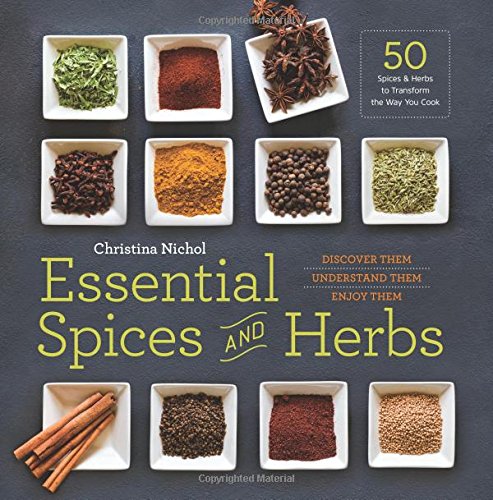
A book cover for Essential Spices and Herbs:: Discover Them, Understand Them, Enjoy Them; Christina Nichol; Cookbooks, Food & Wine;